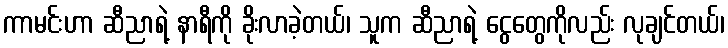
ကာမင်းဟာ ဆီညာရဲ့ နာရီကို ခိုးလာခဲ့တယ်၊ သူက ဆီညာရဲ့ ငွေတွေကိုလည်း လုချင်တယ်၊